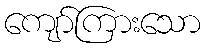
ကျော်ကြားသော